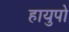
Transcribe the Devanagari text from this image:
हायुपो